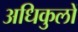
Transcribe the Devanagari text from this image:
अधिकुलों